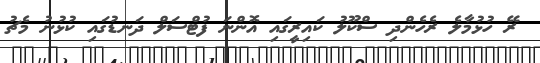
ރޭ ހުޅުމާލެ ރެހެންދި ސްކޫލު ކައިރީގައި އޮންނަ ފުޓްސަލް ދަނޑުގައި ކުޅުނު މެޗު